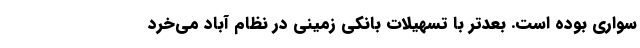
سواری بوده است. بعد‌تر با تسهیلات بانکی زمینی در نظام آباد می‌خرد